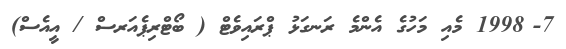
7-	1998 މެއި މަހުގެ އެންމެ ރަނގަޅު ޕްރައިވެޓް ( ބޯޓްރިޕެއަރސް / އީއެސް)